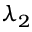
\lambda _ { 2 }